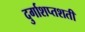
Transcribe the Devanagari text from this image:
दुर्गाशप्तशती